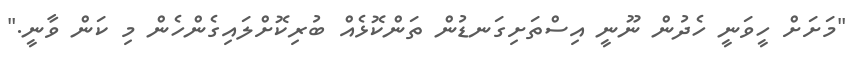
"މަށަށް ހީވަނީ ހެދުން ނޫނީ އިސްތަށިގަނޑުން ތަންކޮޅެއް ބުރިކޮށްލައިގެންހެން މި ކަން ވާނީ."